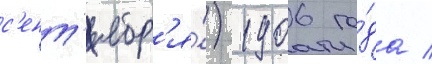
с'ент'ябр'я́) 1906 го́да /